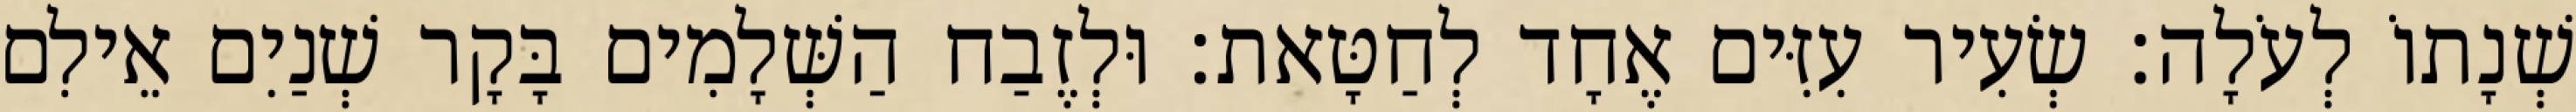
שְׁנָתוֹ לְעֹלָה׃ שְׂעִיר עִזִּים אֶחָד לְחַטָּאת׃ וּלְזֶבַח הַשְּׁלָמִים בָּקָר שְׁנַיִם אֵילִם